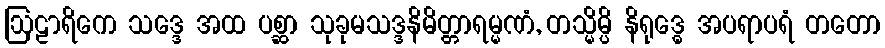
ဩဠာရိကေ သဒ္ဒေ အထ ပစ္ဆာ သုခုမသဒ္ဒနိမိတ္တာရမ္မဏံ, တသ္မိမ္ပိ နိရုဒ္ဓေ အပရာပရံ တတော